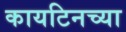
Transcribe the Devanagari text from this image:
कायटिनच्या